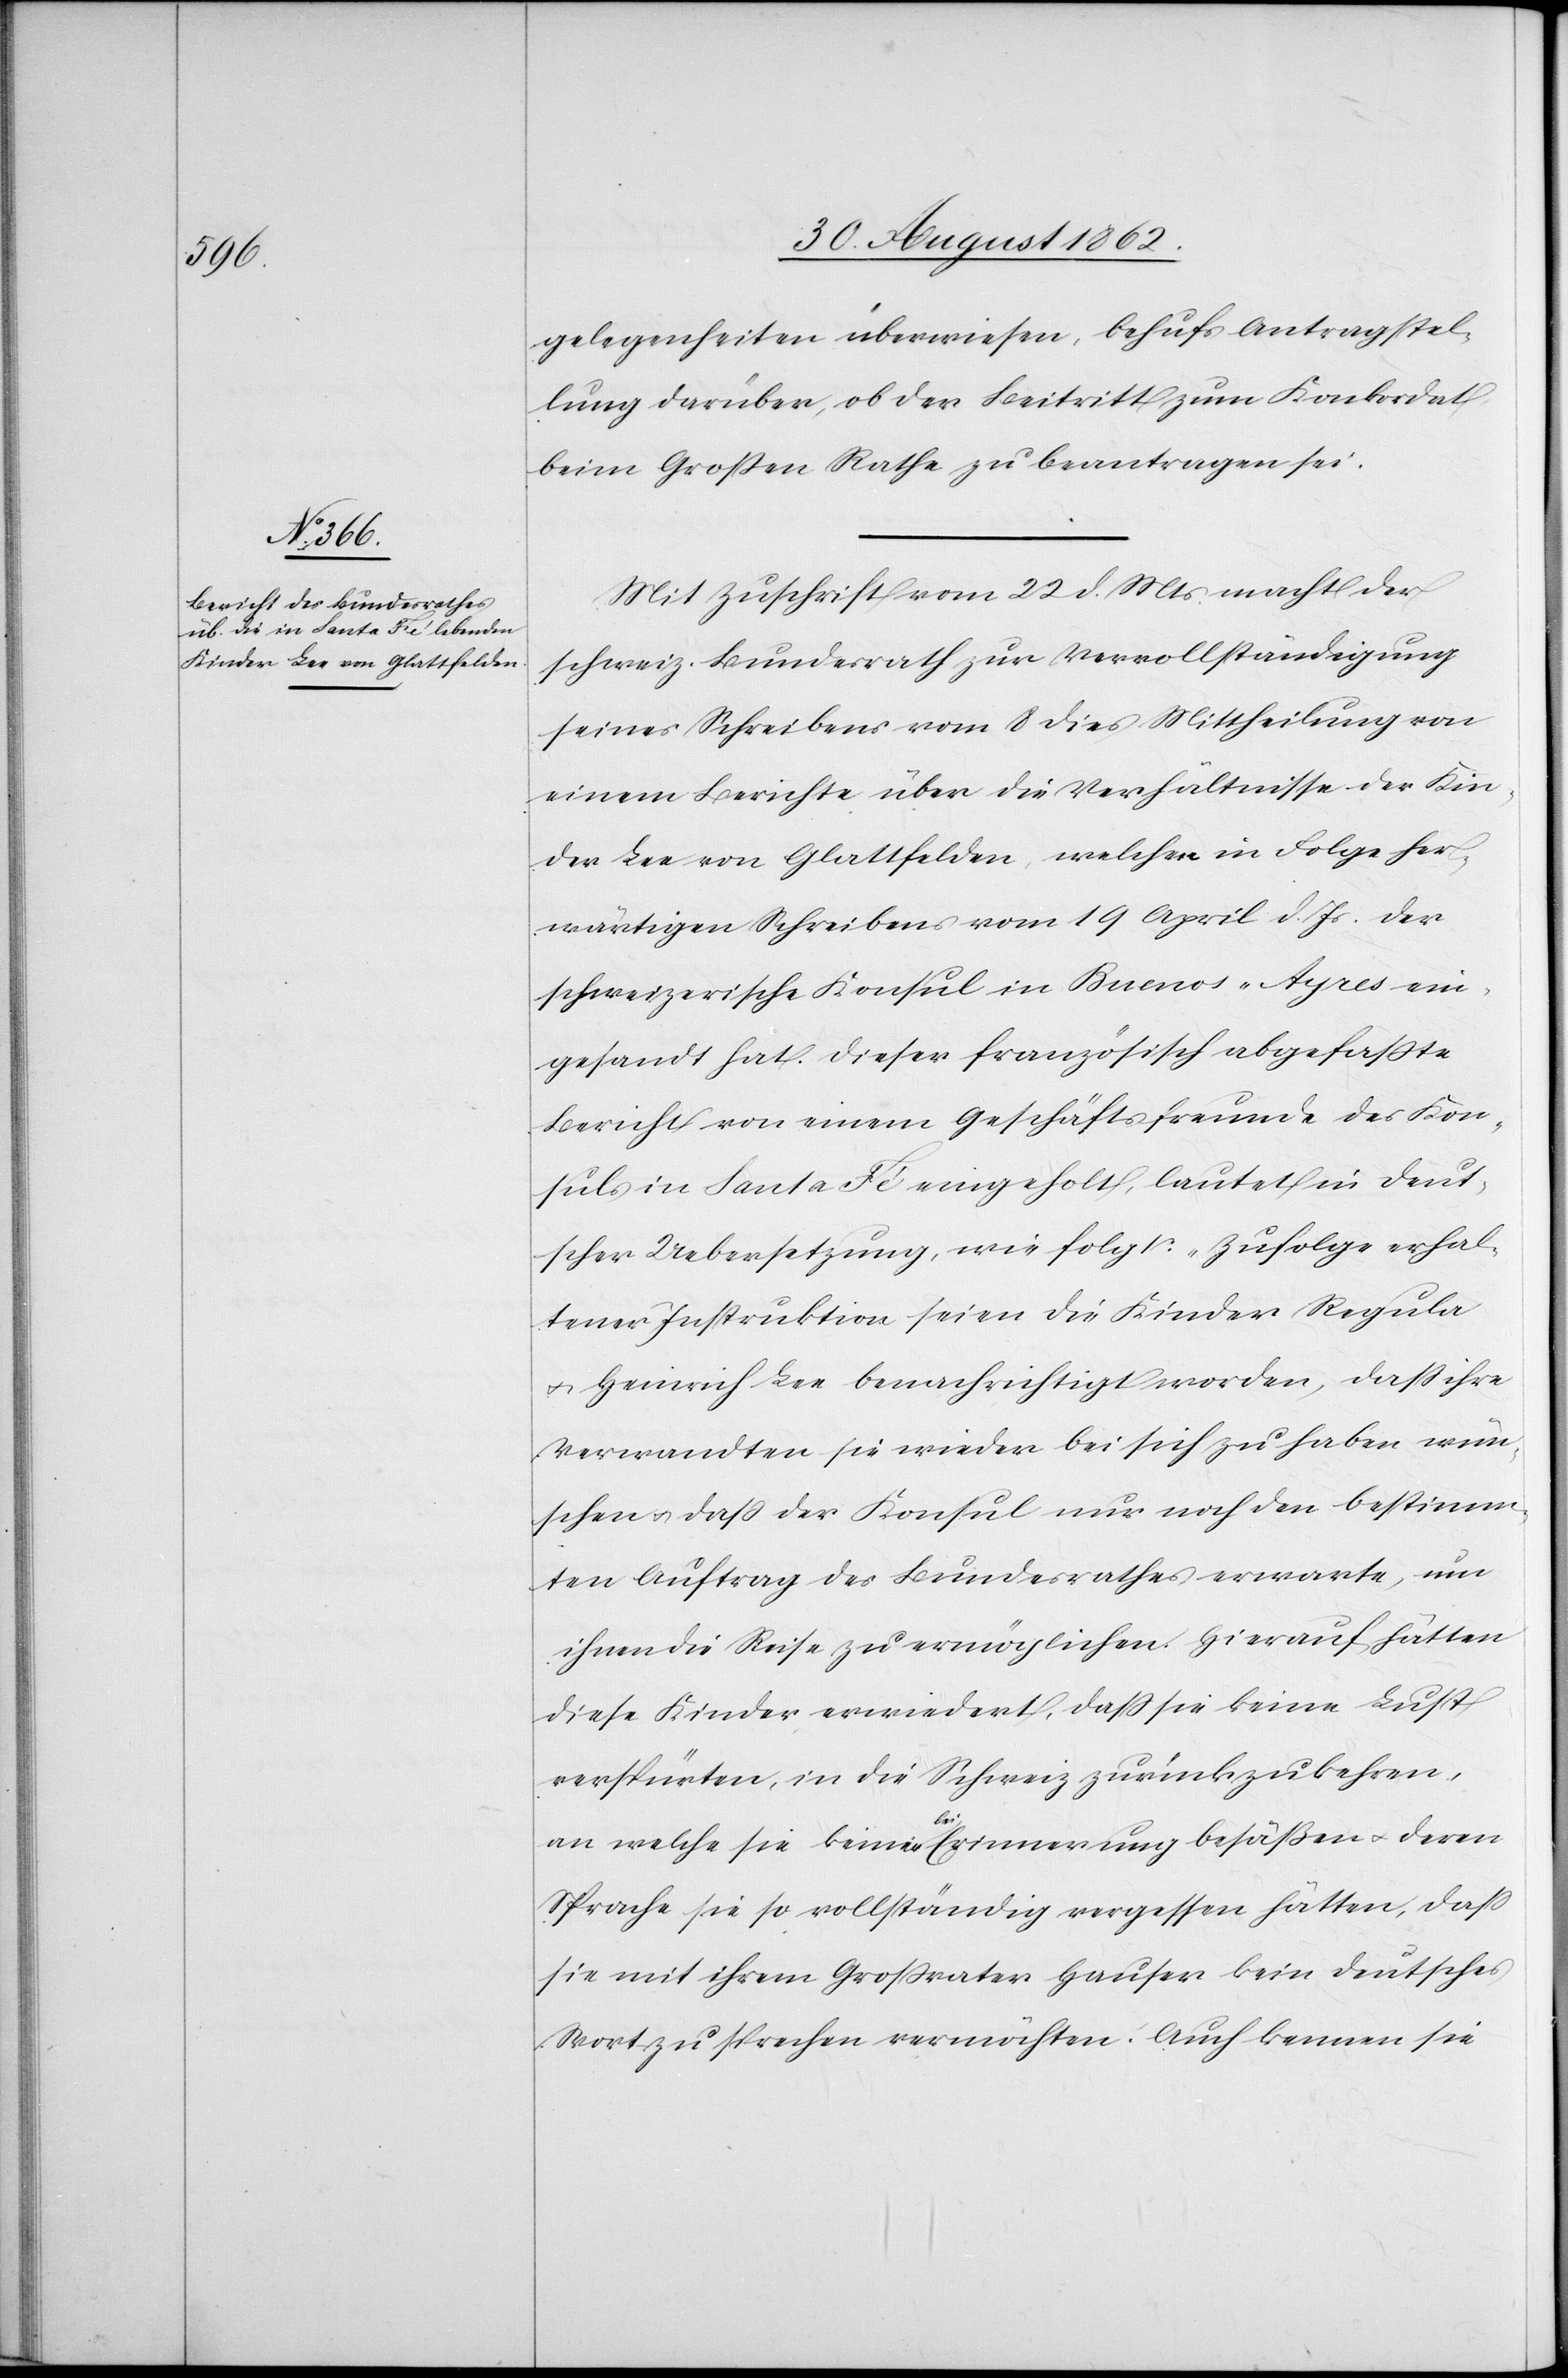
gelegenheiten überwiesen, behufs Antragstel¬
lung darüber, ob der Beitritt zum Konkordat
beim Großen Rahe zu beantragen sei.
Mit Zuschrift vom 22. d. Mts. macht der
schweiz. Bundesrath zur Vervollständigung
seines Schreibens vom 8. dies Mittheilung von
einem Berichte über die Verhältnisse der Kin¬
der Lee von Glattfelden, welche in Folge her¬
wärtigen Schreibens vom 19. April d. Js. der
schweizerische Konsul in Buenos-Ayres ein¬
gesandt hat. Dieser französisch abgefaßte
Bericht von einem Geschäftsfreunde des Kon¬
suls in Santa Fé eingeholt, lautet in deut¬
scher Uebersetzung, wie folgt: „Zufolge erhal¬
tener Instruktion seien die Kinder Regula
u. Heinrich Lee benachrichtigt worden, daß ihre
Verwandten sie wieder bei sich zu haben wün¬
schen u. daß der Konsul nur noch den bestimm¬
ten Auftrag des Bundesrathes erwarte, um
ihnen die Reise zu ermöglichen. Hierauf hätten
diese Kinder erwidert, daß sie keine Lust
verspürten, in die Schweiz zurückzukehren,
an welche sie keinerlei Erinnerung besäßen u. deren
Sprache sie so vollständig vergessen hätten, daß
sie mit ihrem Großvater Hauser kein deutsches
Wort zu sprechen vermöchten. Auch kennen sie